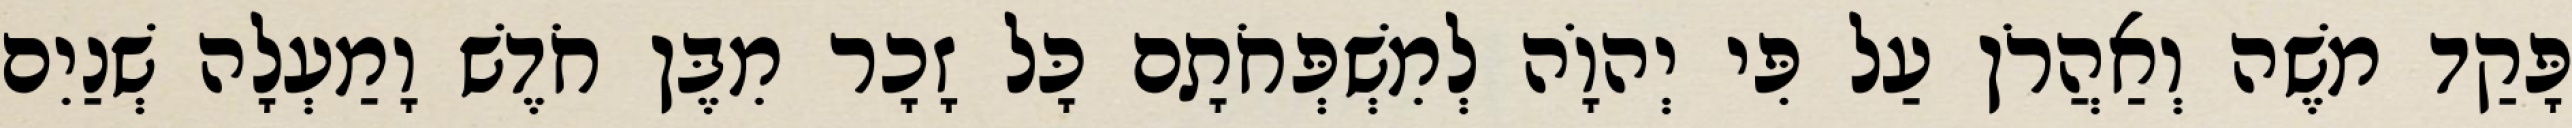
פָּקַד משֶׁה וְאַהֲרֹן עַל פִּי יְהוָֹה לְמִשְׁפְּחֹתָם כָּל זָכָר מִבֶּן חֹדֶשׁ וָמַעְלָה שְׁנַיִם